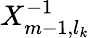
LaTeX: X_{m-1,l_{k}}^{-1}